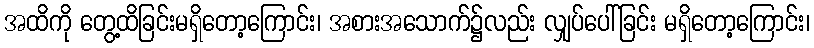
အထိကို တွေ့ထိခြင်းမရှိတော့ကြောင်း၊ အစားအသောက်၌လည်း လျှပ်ပေါ်ခြင်း မရှိတော့ကြောင်း၊